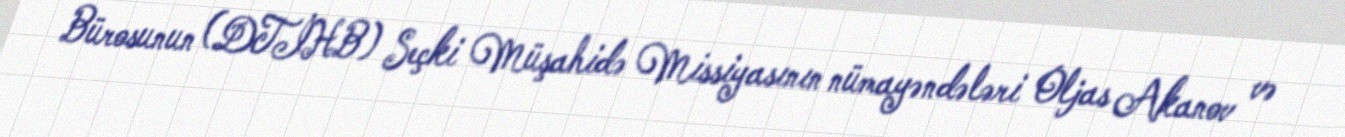
Bürosunun (DTİHB) Seçki Müşahidə Missiyasının nümayəndələri Oljas Akanov və